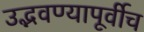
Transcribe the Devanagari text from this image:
उद्भवण्यापूर्वीच